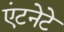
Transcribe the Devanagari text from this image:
एंटनेटे